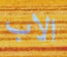
الاب